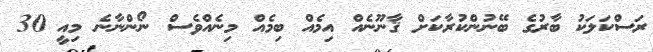
ރަސްކަލަކު ބާރުގެ ބޭނުންކުރާކަށް ޤާނޫނެއް އިމެއް ބިމެއް މިނެއްވެސް ނޯންނާނެ މިއީ 30